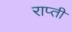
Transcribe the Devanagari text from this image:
राप्‍ती